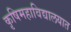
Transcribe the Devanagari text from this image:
कृषिमहाविद्यालयात